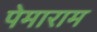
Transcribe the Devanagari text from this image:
पेमाराम